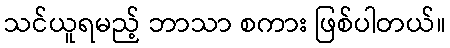
သင်ယူရမည့် ဘာသာ စကား ဖြစ်ပါတယ်။